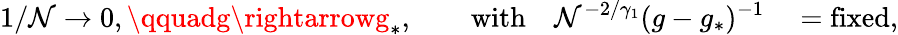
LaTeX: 1/\mathcal{N}\rightarrow0,\qquadg\rightarrowg_{*},\qquad\mathrm{{with}}\quad\mathcal{N}^{-2/\gamma_{1}}(g-g_{*})^{-1}\quad=\mathrm{{fixed,}}